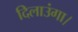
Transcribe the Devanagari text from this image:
दिलाउंगा।